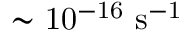
\mathrm { \sim 1 0 ^ { - 1 6 } \ s ^ { - 1 } }